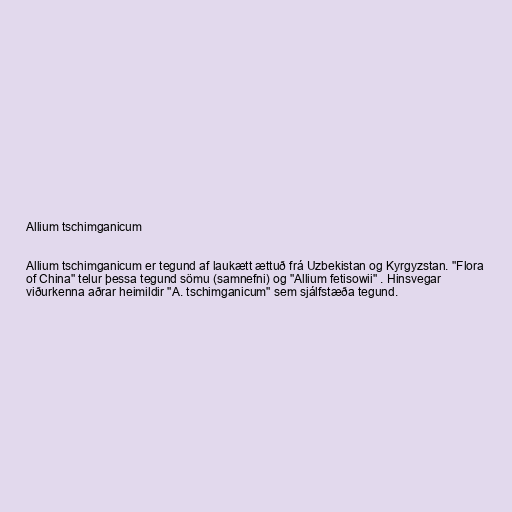
Allium tschimganicum

Allium tschimganicum er tegund af laukætt ættuð frá Uzbekistan og Kyrgyzstan. "Flora
of China" telur þessa tegund sömu (samnefni) og "Allium fetisowii" . Hinsvegar
viðurkenna aðrar heimildir "A. tschimganicum" sem sjálfstæða tegund.